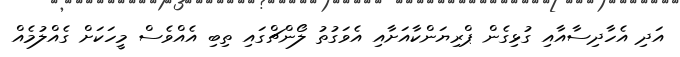
އަދި އެހާދިސާއާއި ގުޅިގެން ޕްރިޔަންކާއަށާއި އެވަގުތު ލޯންޗްގައި ތިބި އެއްވެސް މީހަކަށް ގެއްލުމެއް